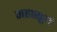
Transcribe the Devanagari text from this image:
महासूर्य